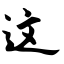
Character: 这